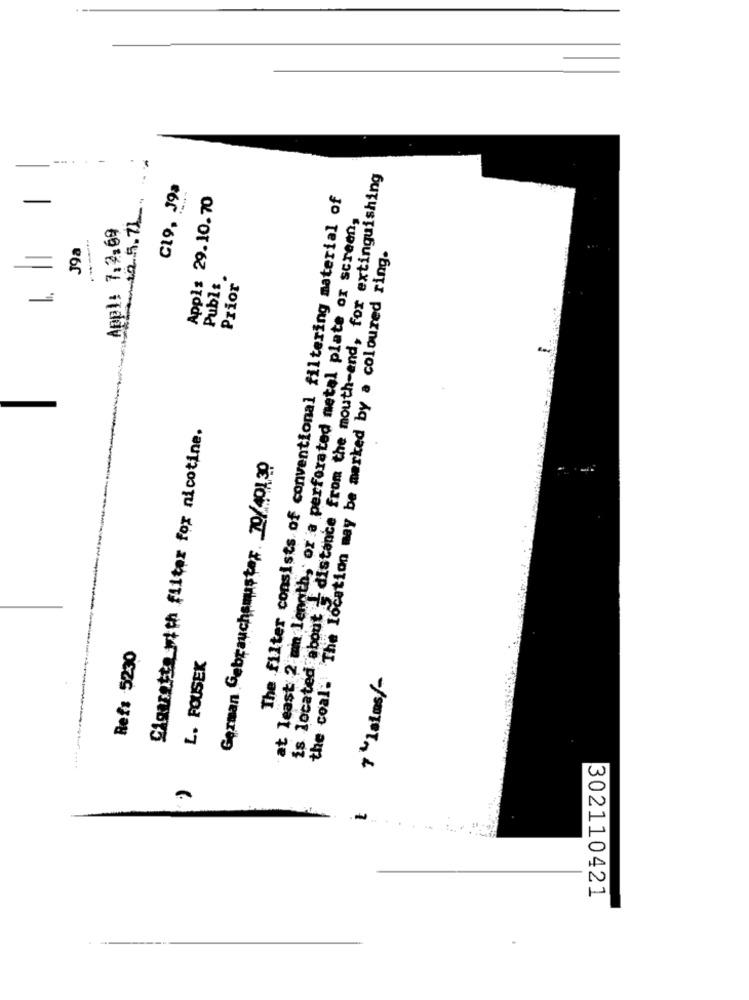
is located about distance from the mouth-end, for extinguishing
C19, J9a
$2.5.71.
Appl: 29.10.70
The filter consists of conventional filtering material of
at least 2 min length, or a perforated metal plate or screen,
Appl: 7.2.69
J9a
---
the coal. The location may be marked by a coloured ring.
Publs.
Prior
=
Cigaretta with filter for nicotine.
German Gebrauchsmuster 20/40130
Ref: 5230
L. FOUSEK
7" Islas/-
-
302110421